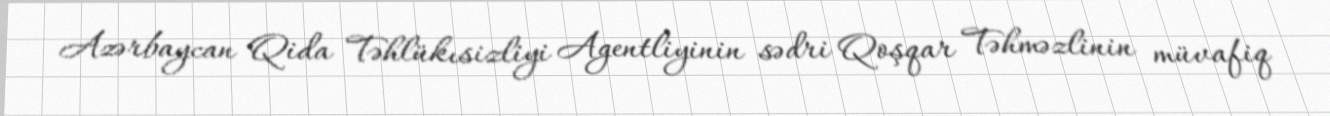
Azərbaycan Qida Təhlükısizliyi Agentliyinin sədri Qoşqar Təhməzlinin müvafiq